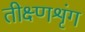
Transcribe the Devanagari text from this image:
तीक्ष्णशृंग